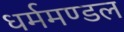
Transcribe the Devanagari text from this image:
धर्ममण्डल